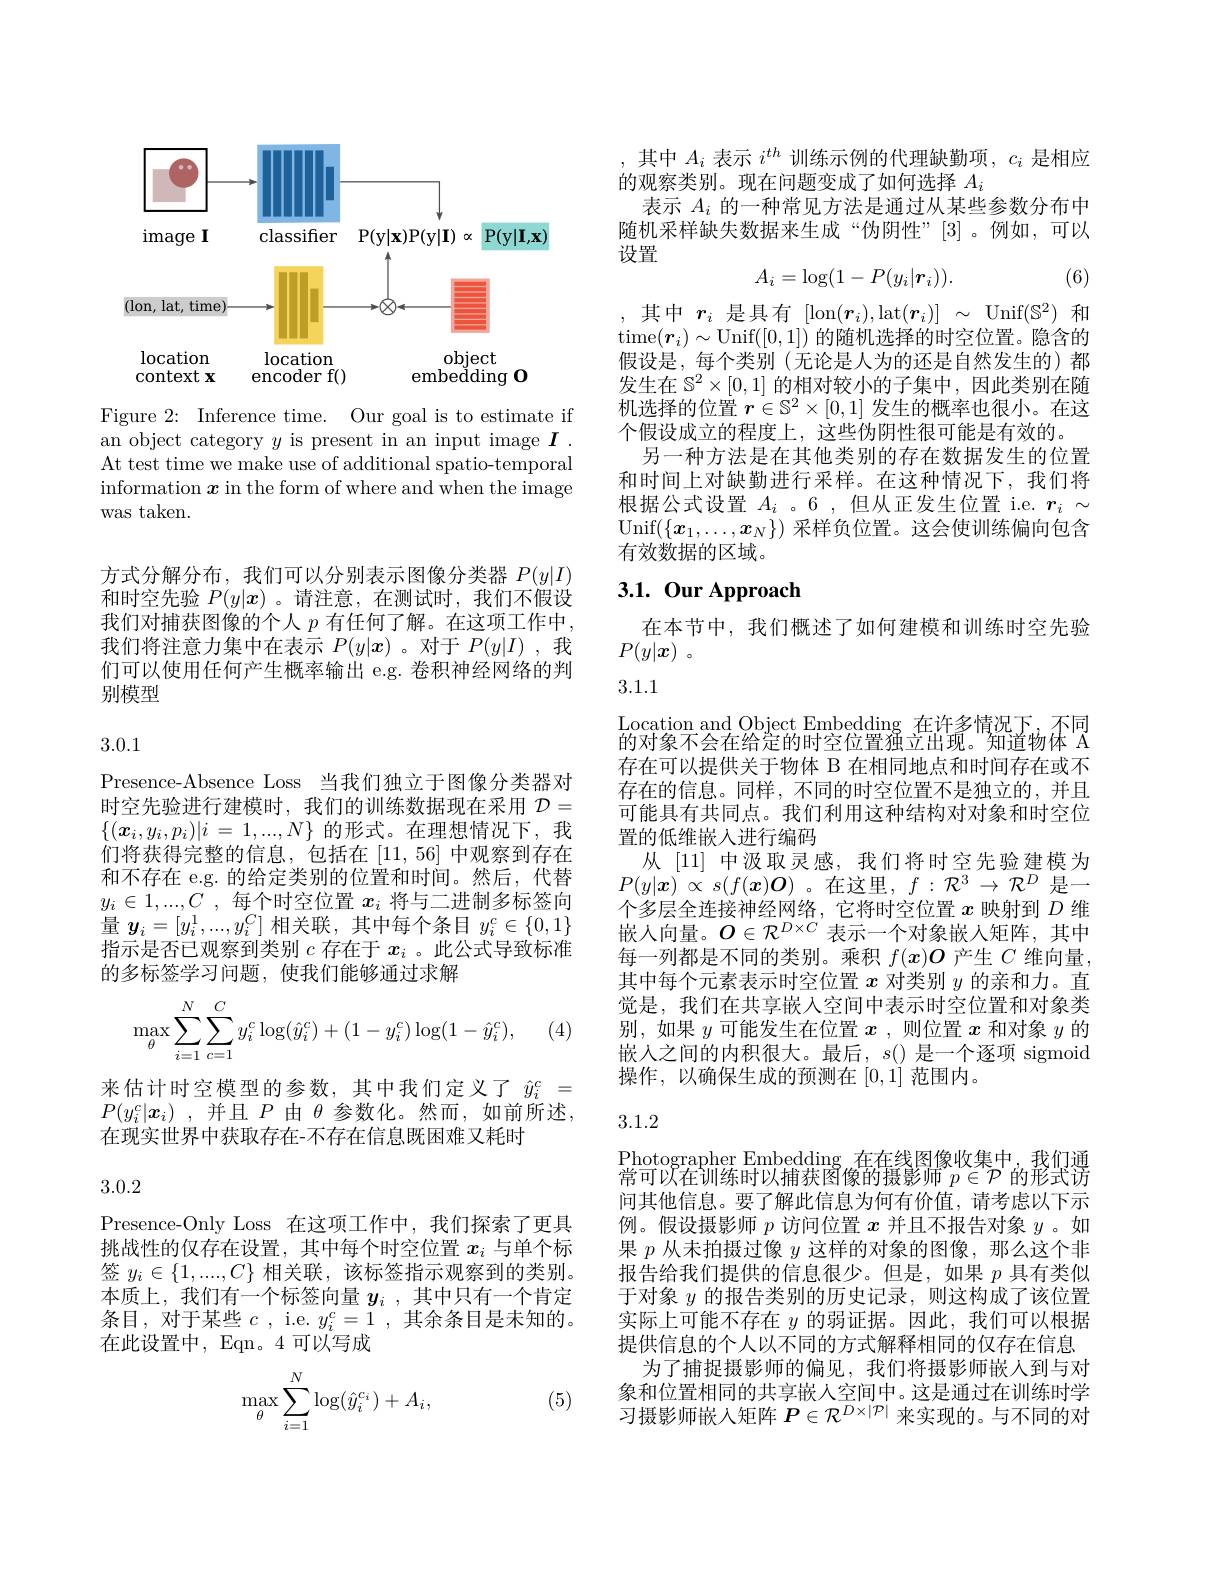
<FigureHere>

Figure 2: Inference time. Our goal is to estimate if an object category $y$ is present in an input image $I.$ At test time we make use of additional spatio-temporal information $\boldsymbol x$ in the form of where and when the image was taken.

方式分解分布，我们可以分别表示图像分类器$P(y|I)$ 和时空先验$P(y|\boldsymbol{x})$ 。请注意，在测试时，我们不假设我们对捕获图像的个人$p$有任何了解。在这项工作中， 我们将注意力集中在表示$P(y|\boldsymbol{x})$ 。对于$P(y|I)$ ,我们可以使用任何产生概率输出 e.g. 卷积神经网络的判别模型

3.0.1

Presence-Absence Loss 当我们独立于图像分类器对时空先验进行建模时，我们的训练数据现在采用$\mathcal{D}=$ $\{ ( \boldsymbol{x}_i, y_i, p_i) | i$ = $1, . . . , N\}$的形式。在理想情况下，我们将获得完整的信息，包括在[11,56]中观察到存在和不存在 e.g. 的给定类别的位置和时间。然后，代替$y_i\in1,...,C$ ,每个时空位置$x_i$将与二进制多标签向量$y_i=[y_i^1,...,y_i^C]$相关联，其中每个条目$y_i^c\in\{0,1\}$ 指示是否已观察到类别$c$存在于$x_i$ 。此公式导致标准的多标签学习问题，使我们能够通过求解
$$\max_{\theta}\sum_{i=1}^{N}\sum_{c=1}^{C}y_{i}^{c}\log(\hat{y}_{i}^{c})+(1-y_{i}^{c})\log(1-\hat{y}_{i}^{c}),$$
(4)

来估计时空模型的参数，其中我们定义了$\hat{y}_i^c=$ $P( y_{i}^{c}| x_{i})$ , 并且 $P$ 由 $\theta$ 参数化。然而，如前所述， 在现实世界中获取存在-不存在信息既困难又耗时

3.0.2

Presence-Only Loss 在这项工作中，我们探索了更具挑战性的仅存在设置，其中每个时空位置$x_i$与单个标签$y_i\in\{1,....,C\}$相关联，该标签指示观察到的类别。本质上，我们有一个标签向量$y_i$ ,其中只有一个肯定条目，对于某些$c$ , i.e. $y_i^c=1$ ,其余条目是未知的。在此设置中，Eqn。4 可以写成

(5)
$$\max\limits_{\theta}\sum\limits_{i=1}^{N}\log(\hat{y}_{i}^{c_{i}})+A_{i},$$
,其中$A_i$表示$i^th$训练示例的代理缺勤项$,c_i$是相应
的观察类别。现在问题变成了如何选择$A_i$
表示$A_i$的一种常见方法是通过从某些参数分布中随机采样缺失数据来生成“伪阴性”[3]。例如，可以设置
$$A_i=\log(1-P(y_i|\boldsymbol{r}_i)).$$
(6)

,其中$r_i$ 是具有[lon$(\boldsymbol r_i)$,lat$(\boldsymbol r_i)]\sim$Unif$(\mathbb{S}^2)$ 和time$(\boldsymbol{r}_i)\sim$Unif([0,1])的随机选择的时空位置。隐含的假设是，每个类别(无论是人为的还是自然发生的)都发生在$\mathbb{S}^2\times[0,1]$的相对较小的子集中，因此类别在随机选择的位置$r\in\mathbb{S}^2\times[0,1]$发生的概率也很小。在这个假设成立的程度上，这些伪阴性很可能是有效的。
另一种方法是在其他类别的存在数据发生的位置和时间上对缺勤进行采样。在这种情况下，我们将根据公式设置$A_i$ 。6 ,但从正发生位置 i.e. $r_i\sim$ Unif$(\{\boldsymbol{x}_1,\ldots,\boldsymbol{x}_N\})$采样负位置。这会使训练偏向包含有效数据的区域。

# 3.1. Our Approach

在本节中，我们概述了如何建模和训练时空先验
$P( y| \boldsymbol{x})$ 。

## 3.1.1

Location and Object Embedding 在许多情况下，不同的对象不会在给定的时空位置独立出现。知道物体 A 存在可以提供关于物体 B 在相同地点和时间存在或不存在的信息。同样，不同的时空位置不是独立的，并且可能具有共同点。我们利用这种结构对对象和时空位置的低维嵌入进行编码
从 [11] 中汲取灵感，我们将时空先验建模为$P( y| \boldsymbol{x})$ $\propto$ $s( f( \boldsymbol{x}) \boldsymbol{O})$ 。在这里，$f:\mathcal{R}^3\to\mathcal{R}^D$是一个多层全连接神经网络，它将时空位置$x$映射到$D$维嵌入向量。$O\in\mathcal{R}^D\times C$表示一个对象嵌人矩阵，其中每一列都是不同的类别。乘积$f(x)O$产生$C$维向量， 其中每个元素表示时空位置$x$对类别$y$的亲和力。直觉是，我们在共享嵌人空间中表示时空位置和对象类别，如果$y$可能发生在位置$x$ ,则位置$x$和对象$y$的嵌入之间的内积很大。最后，$s($)是一个逐项 sigmoid 操作，以确保生成的预测在[0,1]范围内。

3.1.2

Photographer Embedding 在在线图像收集中，我们通常可以在训练时以捕获图像的摄影师$p\in\mathcal{P}^{\prime}$的形式访问其他信息。要了解此信息为何有价值，请考虑以下示例。假设摄影师$p$访问位置$x$并且不报告对象$y$ 。如果$p$从未拍摄过像$y$这样的对象的图像，那么这个非报告给我们提供的信息很少。但是，如果$p$具有类似于对象$y$的报告类别的历史记录，则这构成了该位置实际上可能不存在$y$的弱证据。因此，我们可以根据提供信息的个人以不同的方式解释相同的仅存在信息
为了捕捉摄影师的偏见，我们将摄影师嵌人到与对象和位置相同的共享嵌人空间中。这是通过在训练时学习摄影师嵌入矩阵$P\in\mathcal{R}^D\times|\mathcal{P}|$来实现的。与不同的对